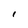
Character: I